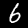
Digit: 6